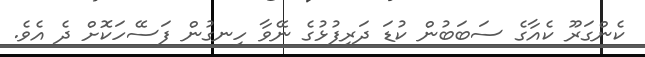
ކެންގަރޫ ކެއާގެ ސަބަބުން ކުޑަ ދަރިފުޅުގެ ނޭވާ ހިނގުން ފަސޭހަކޮށް ދެ އެވެ.